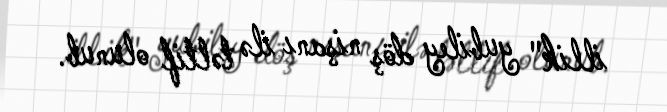
illik" yubiley döş nişanı ilə təltif olunub.